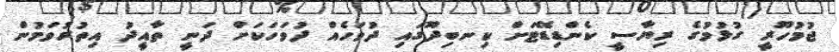
ޖުމުހޫރީ ގުޅުމުގެ ރިޔާސީ ކެންޑިޑޭޓަށް ކިނބިދޫގައި ދުވަހެއް ދުވަހަކަށް ދަނީ ތާއީދު އިތުރުވަމުން